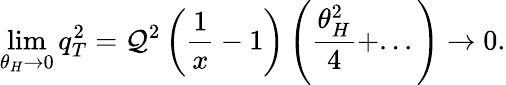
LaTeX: \operatorname*{lim}_{\theta_{H}\rightarrow0}q_{T}^{2}=\mathcal{Q}^{2}\left(\frac{{1}}{{x}}-1\right)\left(\frac{{\theta_{H}^{2}}}{{4}}+...\right)\rightarrow0.